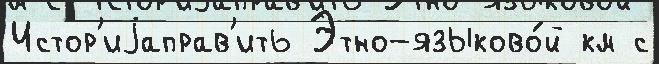
Истор'иjаправ'ить Этно-языково́й км с